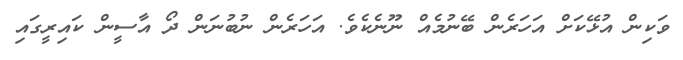
ވަކިން އުޅޭކަށް އަހަރެން ބޭނުމެއް ނޫނެކެވެ. އަހަރެން ނުބުނަން ދޯ އާސީން ކައިރީގައި